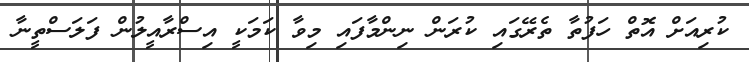
ކުރިއަށް އޮތް ހަފުތާ ތެރޭގައި ކުރަން ނިންމާފައި މިވާ ކަމަކީ އިސްރާއީލުން ފަލަސްތީނާ